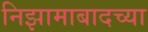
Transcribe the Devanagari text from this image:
निझामाबादच्या